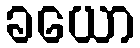
ခယော